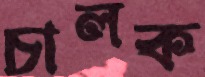
চালক